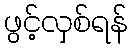
ဖွင့်လှစ်ရန်